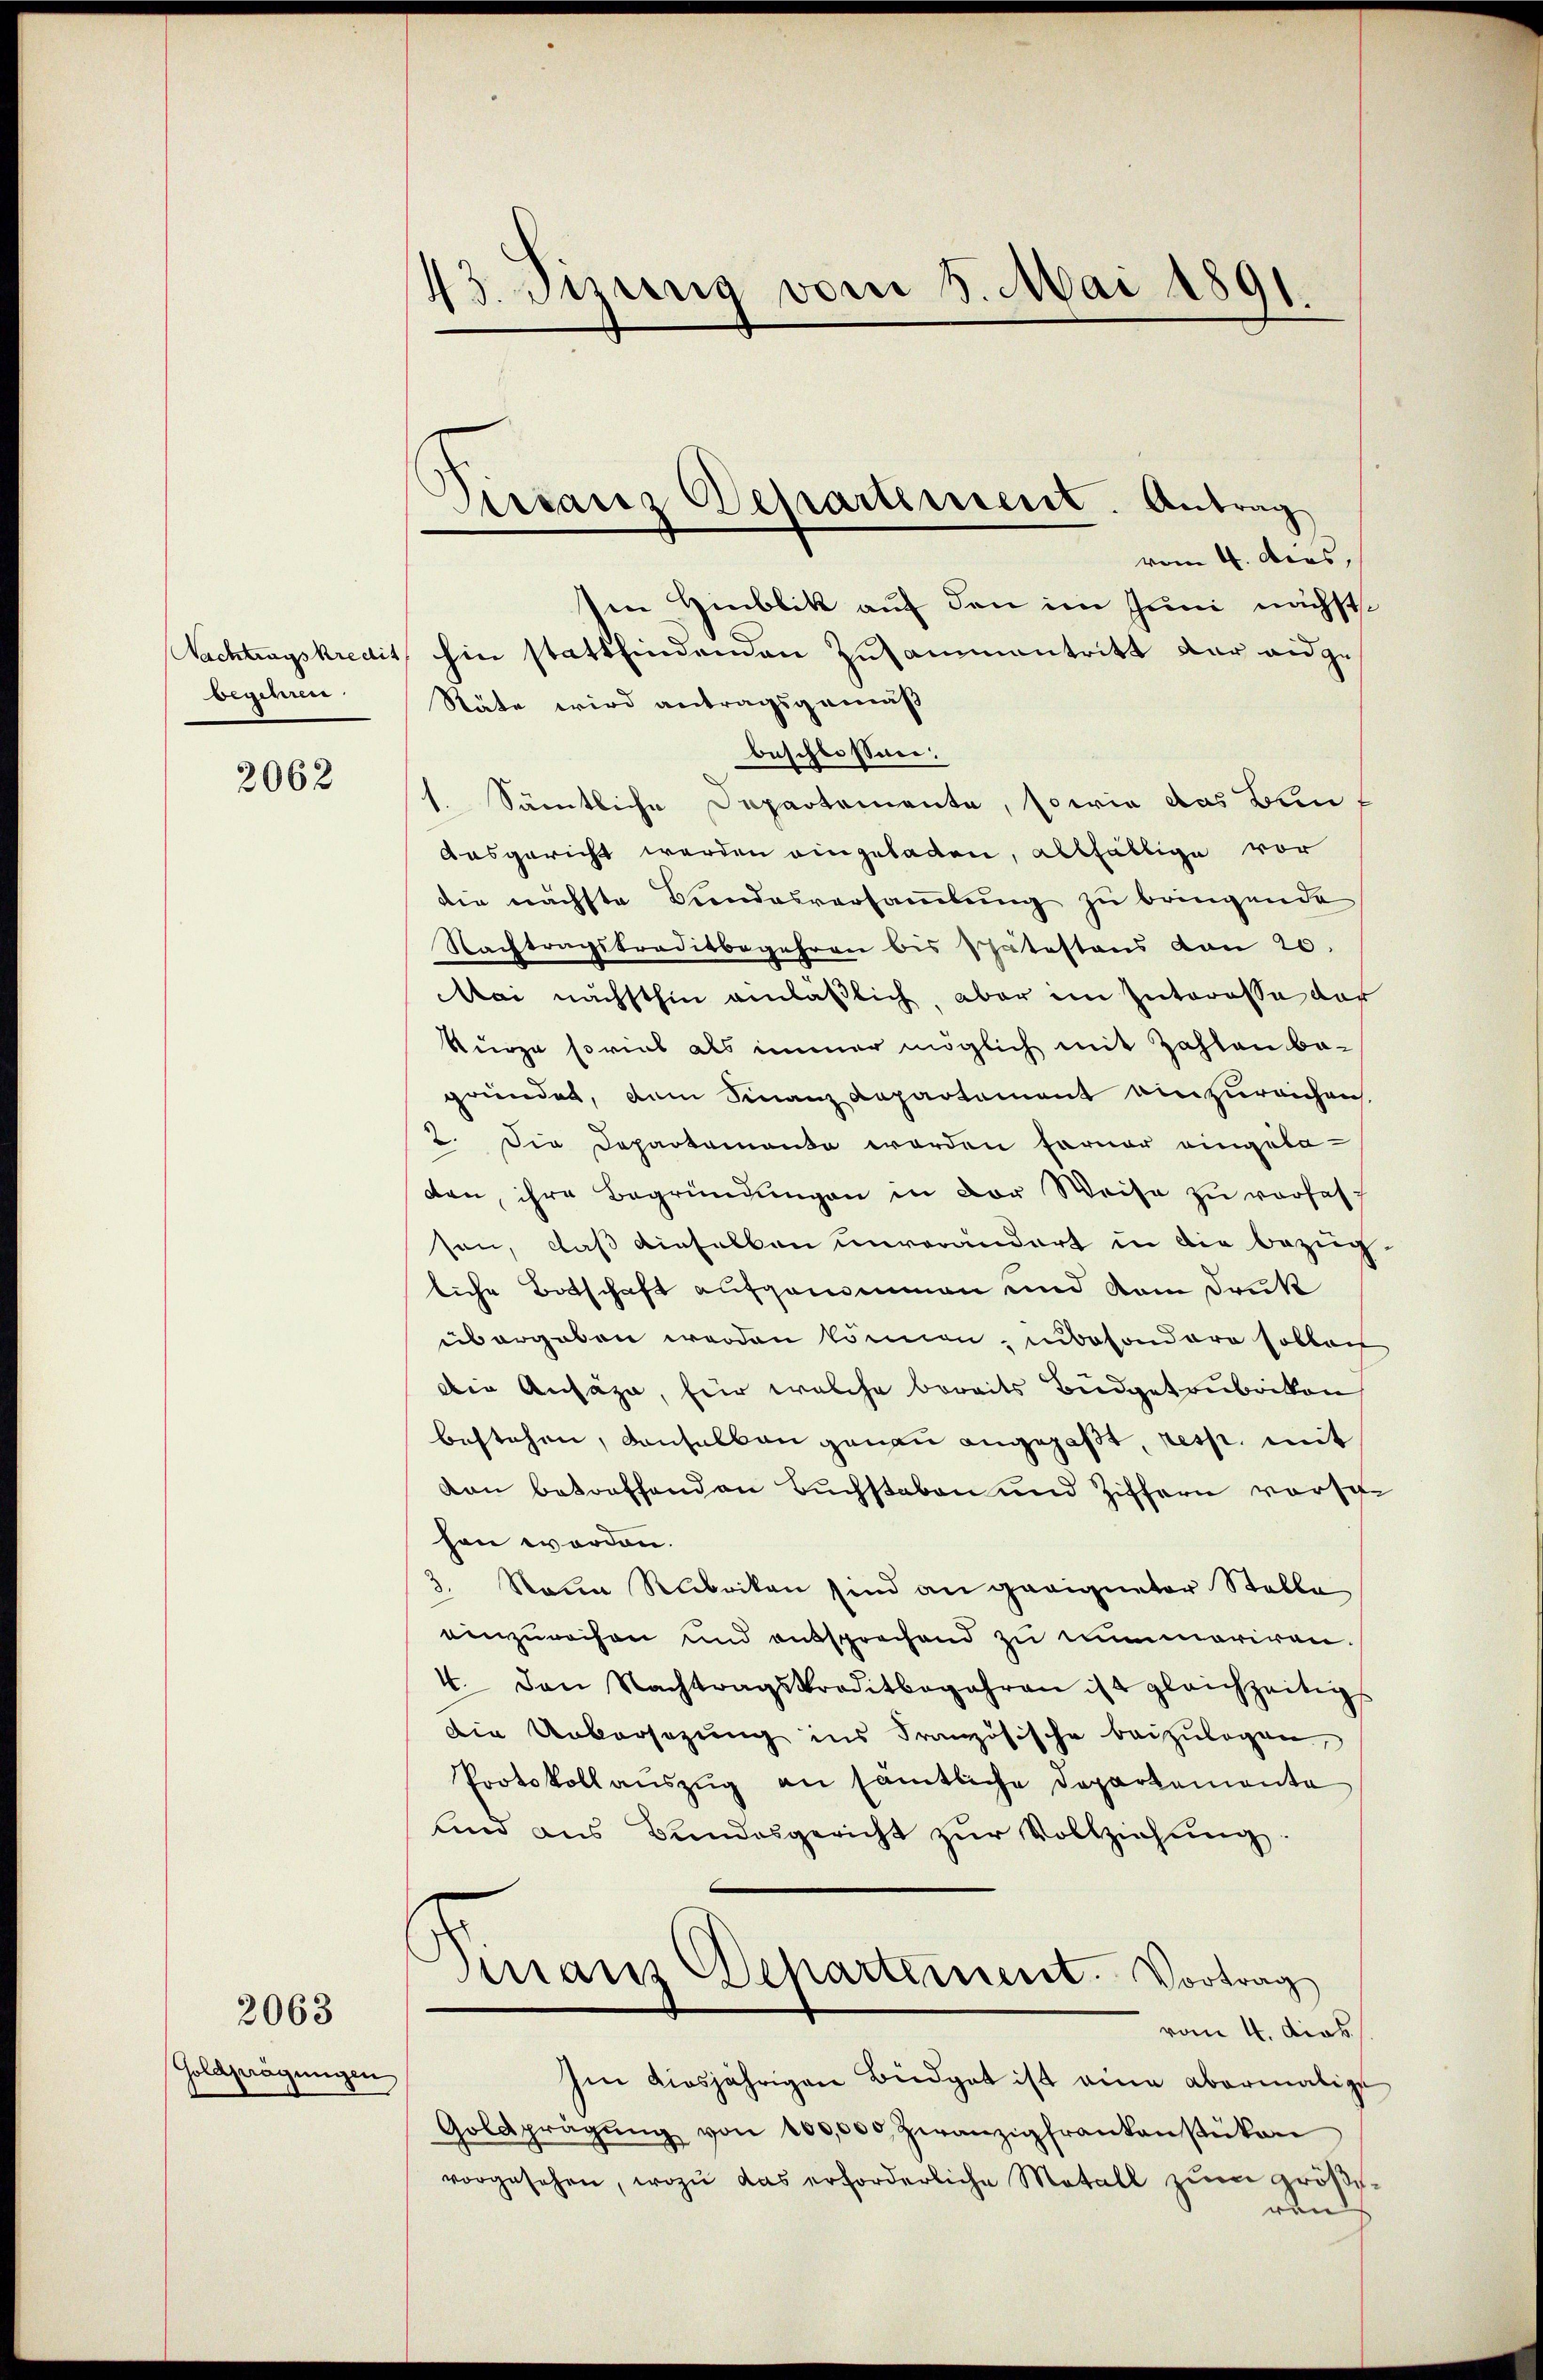
begehen

2062

2063

Goldprägungen

43. Sizung vom 5. Mai 1891.

Vissanz Departiment. Antrag

vom 4. Dcos,
Ien Hinblik auf den im Juni nächste
Nachtragskredit hin stattfindemen Zusammentritt der eidge
Stäte wird antragsgemäß
beschlossen:
1. Sämtliche Departemente, sowie das Bunf
Ausgericht werden eingeladen, allfällige vor
die nächste Bundesversaṁlŭng zu bringende
Nachtragskreditbegehren bis Thätestens von 20.
Mai nächsthin einläßlich, aber im Interesse der
Kurze soviel als immer möglich mit Zahlen be-
gründet, dem Finanz Departement einzureichen.
2. Die Departement worden ferner eingela-
dan, ihre Begründungen in der Weise zu verfassen, daß dieselben unverändert in die bezügliche Botschaft aufgenommen und vom Druk
übergeben werden können, inbesondere Collat
Die Ansäge, für welche bereits Budgetrubrikon
bestehen, denselben genau angefaßt, resp. mit
kan betreffenden Buchstaben und Ziffern vorsche
hen worden.
3. Neue Rubriken sind an geeigneter Stelle
einzuweisen und entsprechend zu mummariren.
4. Den Nachtragskreditbegehren ist gleichzeitig
die Uebersezung ins Französische beizulegen,
Protokoll aŭszŭg an sämtliche Departementa
und aus Bundesgericht zŭr Vollziehung.
Vinaus Departement. Vortrag
vom 4. dies
Im diesjährigen Büdget ist eine abermalige
Goldprägŭng von 100,000 Zwanzigfrankenstükon
vorgesehen, wozu das erforderliche Metall zŭm größeren